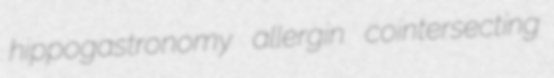
hippogastronomy allergin cointersecting